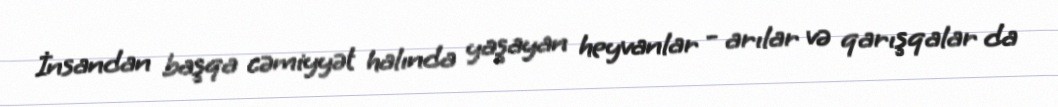
İnsandan başqa cəmiyyət halında yaşayan heyvanlar - arılar və qarışqalar da